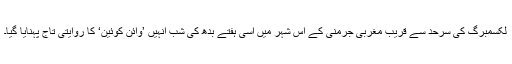
لکسمبرگ کی سرحد سے قريب مغربی جرمنی کے اس شہر ميں اسی ہفتے بدھ کی شب انہيں ’وائن کوئين‘ کا روايتی تاج پہنايا گيا۔